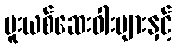
မူးယစ်ဆေးဝါးများနှင့်